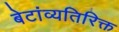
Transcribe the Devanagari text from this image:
बेटांव्यतिरिक्त